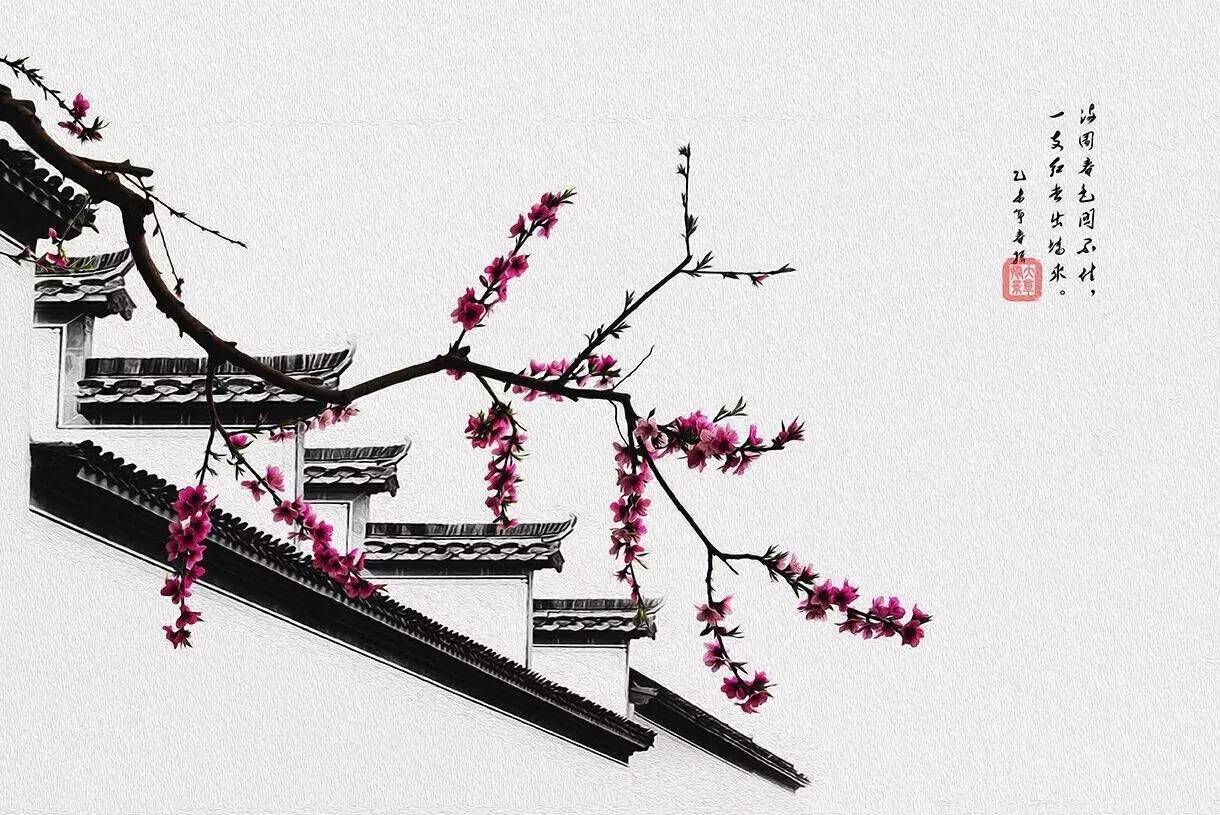
春色满园关不住，一枝红杏出墙来。